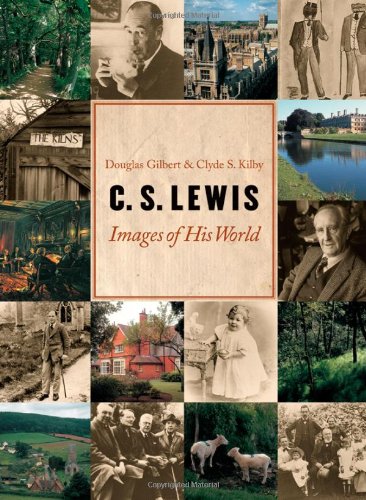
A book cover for C. S. Lewis: Images of His World; Douglas R. Gilbert; Science Fiction & Fantasy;